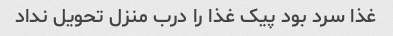
غذا سرد بود پیک غذا را درب منزل تحویل نداد